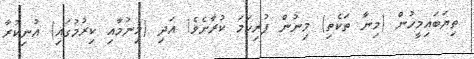
ތިޔަބައިމީހުން (މިނާ ތަކެތި) މިނުން ފުރިހަމަ ކުރާށެވެ! އަދި (މިނުމާއި ކިރުމުގައި) އުނިކުރާ